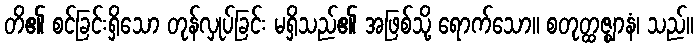
တိ၏ စင်ခြင်းရှိသော တုန်လှုပ်ခြင်း မရှိသည်၏ အဖြစ်သို့ ရောက်သော။ စတုတ္ထဇ္ဈာနံ၊ သည်။